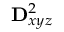
\mathbf { D } _ { x y z } ^ { 2 }